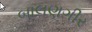
બાલણગીર